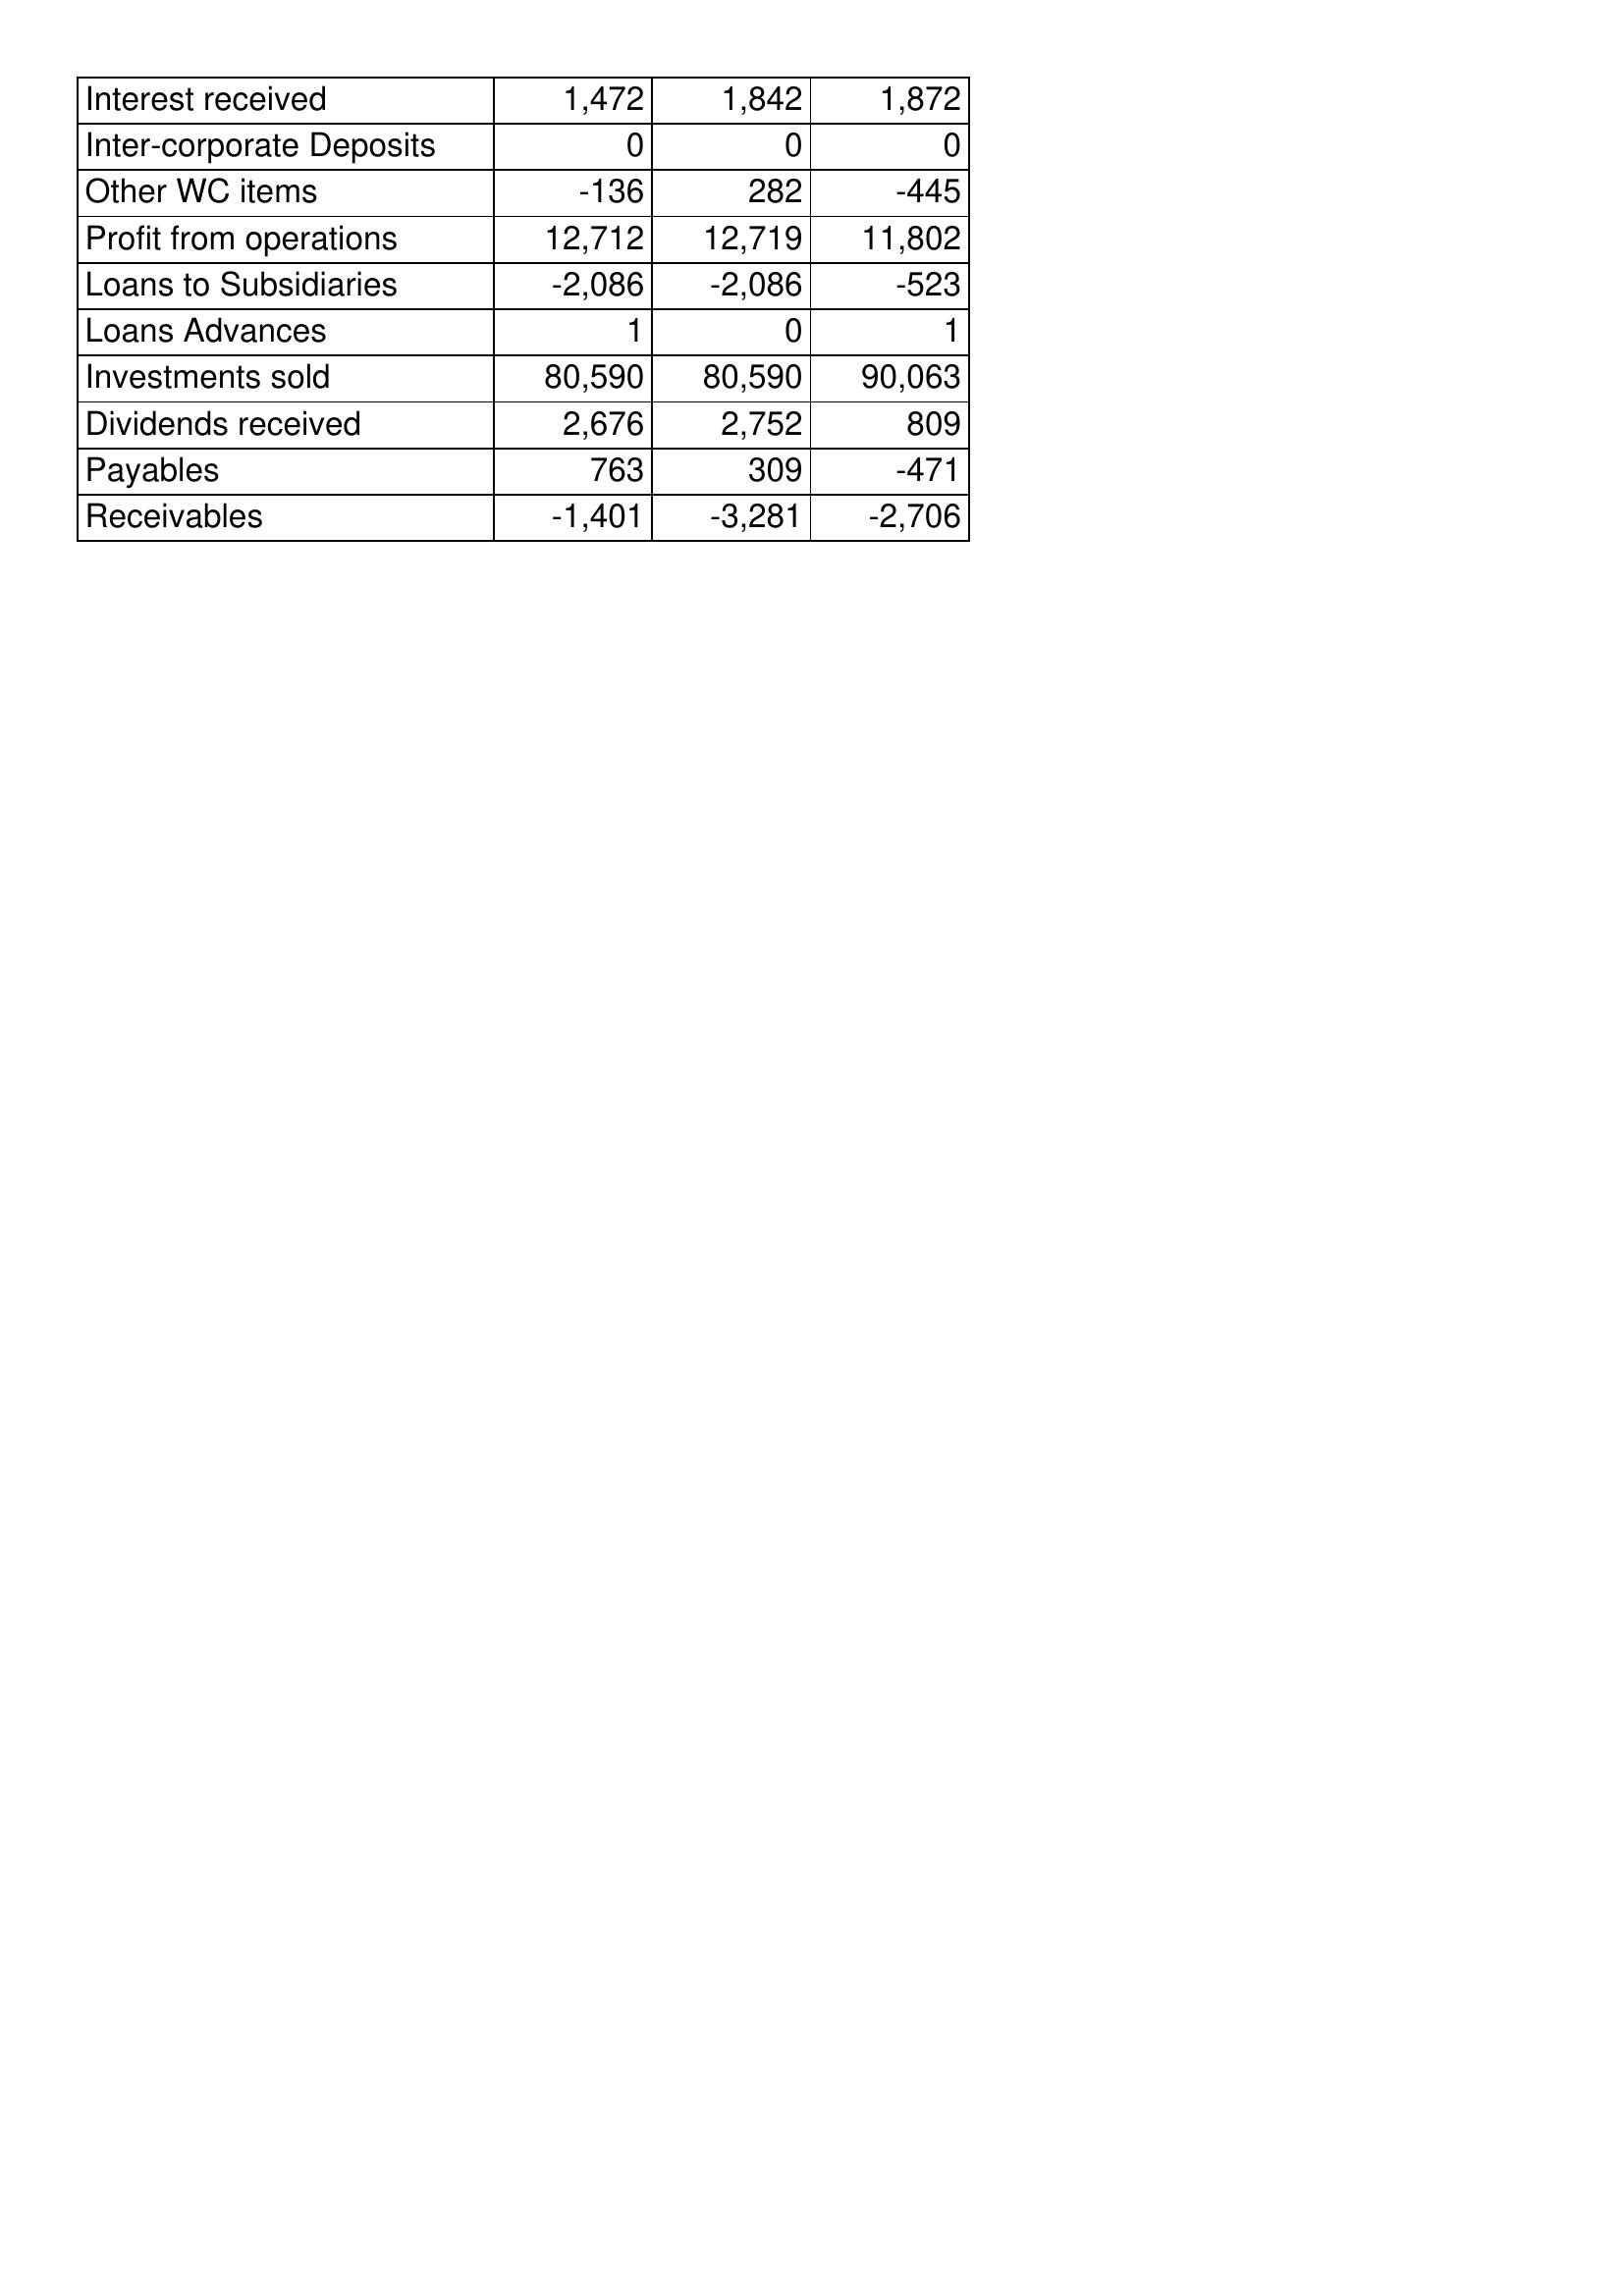
May-04: Cash Flows: Interest received: 1,472
Inter-corporate Deposits: 0
Other WC items: -136
Profit from operations: 12,712
Loans to Subsidiaries: -2,086
Loans Advances: 1
Investments sold: 80,590
Dividends received: 2,676
Payables: 763
Receivables: -1,401
May-03: Cash Flows: Interest received: 1,842
Inter-corporate Deposits: 0
Other WC items: 282
Profit from operations: 12,719
Loans to Subsidiaries: -2,086
Loans Advances: 0
Investments sold: 80,590
Dividends received: 2,752
Payables: 309
Receivables: -3,281
May-02: Cash Flows: Interest received: 1,872
Inter-corporate Deposits: 0
Other WC items: -445
Profit from operations: 11,802
Loans to Subsidiaries: -523
Loans Advances: 1
Investments sold: 90,063
Dividends received: 809
Payables: -471
Receivables: -2,706